Lunatic asylums in Bengal annual reports 1888-1898 - 1888-1898
Year: 1888
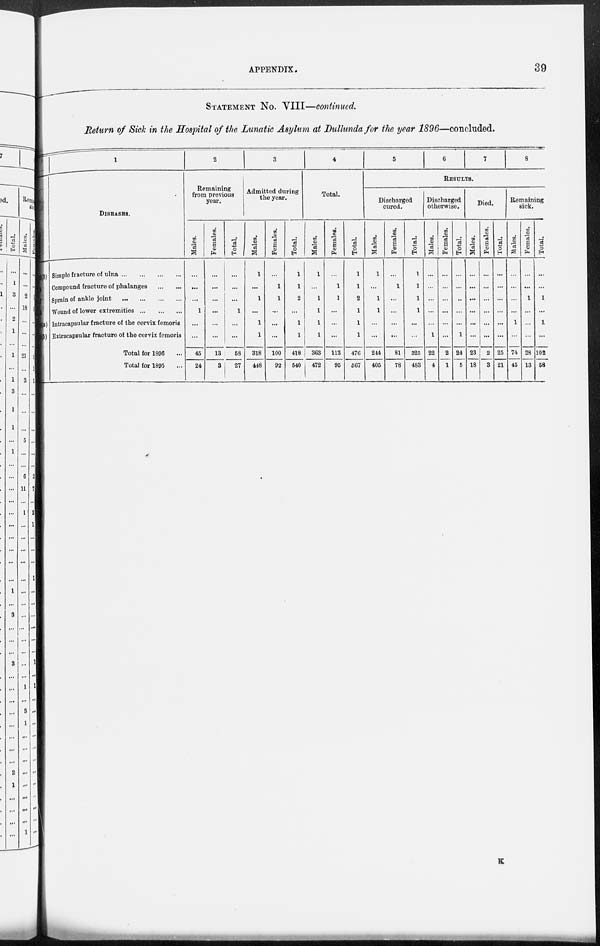
APPENDIX.
39
STATEMENT No. VIII—continued.
Return of Sick in the Hospital of the Lunatic Asylum at Dullunda for the year 1896—concluded.
(b)
(a)
(b)
1
DISEASES.
Simple fracture of ulna ... ... ... ...
Compound fracture of phalanges
...
...
Sprain of ankle joint
...
...
...
...
Wound of lower extremities
...
...
...
Intracapsular fracture of the cervix femoris
Extracapsular fracture of the cervix femoris
Total for 1896 ...
Total for 1895 ...
2
Remaining
from previous
year.
Males.
...
...
...
1
...
...
45
24
Females.
...
...
...
...
...
...
13
3
Total.
...
...
...
1
...
...
58
27
3
Admitted during
the year.
Males.
1
...
1
...
1
1
318
448
Females.
...
1
1
...
...
...
100
92
Total.
1
1
2
...
1
1
418
540
4
Total.
Males.
1
...
1
1
1
1
363
472
Females.
...
1
1
...
...
...
113
95
Total.
1
1
2
1
1
1
476
567
5
6
7
8
RESULTS.
Discharged
cured.
Males.
1
...
1
1
...
...
244
405
Females.
...
1
...
...
...
...
81
78
Total.
1
1
1
1
...
...
325
483
Discharged
otherwise.
Males.
...
...
...
...
...
1
22
4
Females.
...
...
...
...
...
...
2
1
Total.
...
...
..
...
...
1
24
5
Died.
Males.
...
...
...
...
...
...
23
18
Females.
...
...
...
...
...
...
2
3
Total.
...
...
...
...
...
...
25
21
Remaining
sick.
Males.
...
...
...
...
1
...
74
45
Females.
...
...
1
...
...
...
28
13
Total.
...
...
1
...
1
...
102
58
K